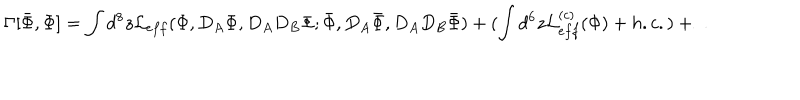
LaTeX: \Gamma [ \bar { \Phi } , \Phi ] = \int d ^ { 8 } z { \cal L } _ { e f f } ( \Phi , D _ { A } \Phi , D _ { A } D _ { B } \Phi ; \bar { \Phi } , D _ { A } \bar { \Phi } , D _ { A } D _ { B } \bar { \Phi } ) + ( \int d ^ { 6 } z { \cal L } _ { e f f } ^ { ( c ) } ( \Phi ) + h . c . ) + \ldots